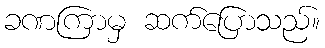
ခဏကြာမှ ဆက်ပြောသည်။